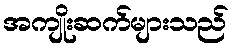
အကျိုးဆက်များသည်